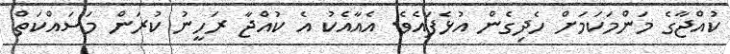
ކުއްޖާގެ މަންމަކަމަށް ހެދިގެން އުޅެފައެވެ. އެއާއެކު އެ ކުއްޖާ ރަހީނު ކުރަން މަސައްކަތް